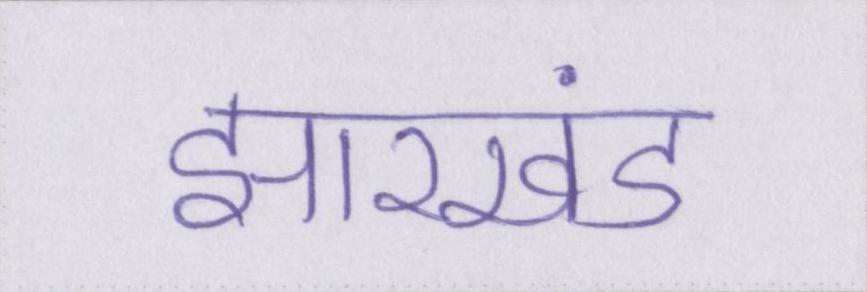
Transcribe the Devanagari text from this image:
झारखंड